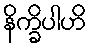
နိက္ခိပါဟိ